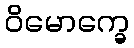
ဝိမောက္ခေ